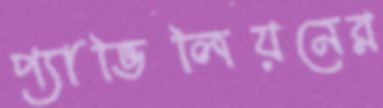
প্যাভিলিয়নের